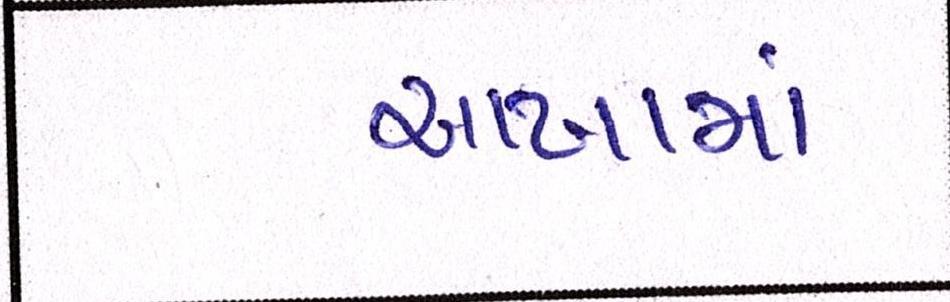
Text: આખામાં